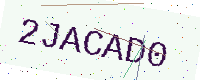
Text: 2JACAD0